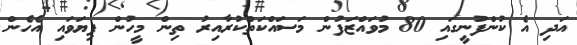
އަދި އެ ކުންފުނީގައި 80 މުވައްޒަފުން މަސައްކަތްކުރާއިރު ތިން މީހުން ފިޔަވައި އެހެން